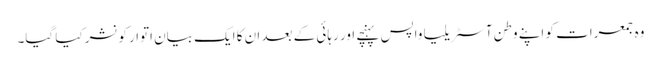
وہ جمعرات کو اپنے وطن آسٹریلیا واپس پہنچے اور رہائی کے بعد ان کا ایک بیان اتوار کو نشر کیا گیا۔